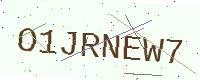
Text: O1JRNEW7